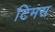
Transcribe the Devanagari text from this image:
टिमस